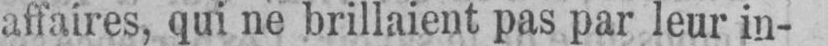
affaires, qui ne brillaient pas par leur in-